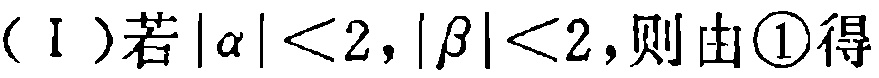
（Ⅰ）若\(|\alpha|<2,|\beta|<2\)，则由\textcircled{1}得